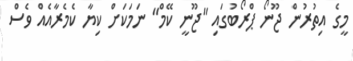
މީގެ އިތުރުން ޖޫނޯ ޕްރޯބުގައި "ޖޫނީ ކޭމް" ނަމަކަށް ކިޔާ ކެމެރާއެއް ވެސް